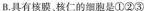
B.具有核膜，核仁的细胞是①②③